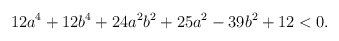
\begin{align*} 12a^4+12b^4+24a^2b^2+25a^2-39b^2+12 < 0.\end{align*}